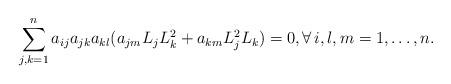
LaTeX: \begin{align*}\sum_{j,k=1}^n a_{ij} a_{jk} a_{kl}(a_{jm} L_jL_k^2+ a_{km}L_j^2L_k ) =0, \forall \, i, l, m =1,\dots,n.\end{align*}